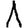
Digit: 1